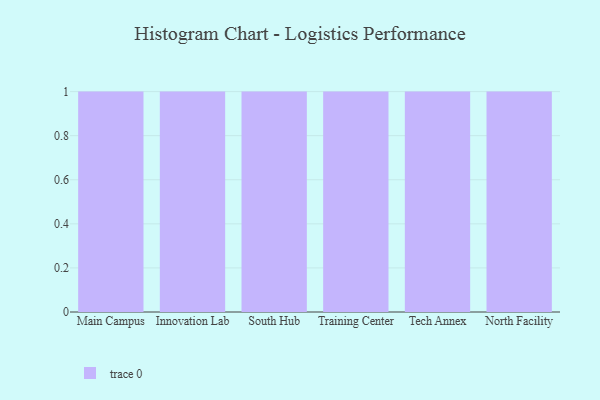
{"axis": {"x": "Campus", "y": "Bounce Rate (%)"}, "legend": [""], "data": [{"x": "Main Campus", "y": 2, "type": ""}, {"x": "Innovation Lab", "y": 92, "type": ""}, {"x": "South Hub", "y": 54, "type": ""}, {"x": "Training Center", "y": 47, "type": ""}, {"x": "Tech Annex", "y": 62, "type": ""}, {"x": "North Facility", "y": 37, "type": ""}]}